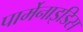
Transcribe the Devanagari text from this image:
पार्मेनाइडिस